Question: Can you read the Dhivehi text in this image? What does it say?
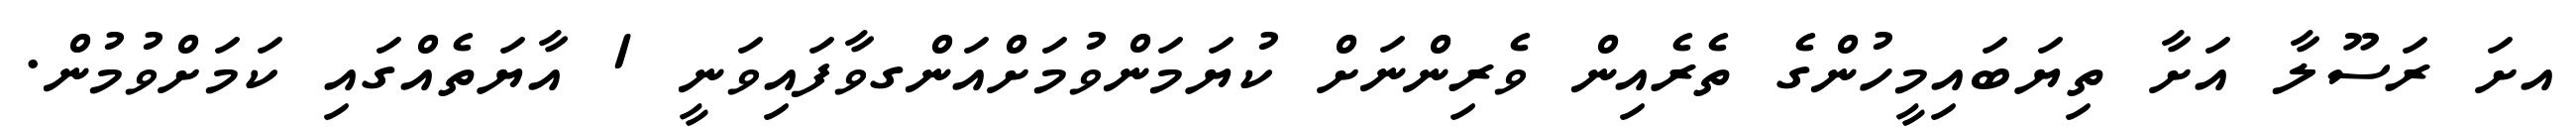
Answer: އށަ ރަސޫލާ އަށާ ތިޔަބައިމީހުންގެ ތެރެއިން ވެރިންނަށް ކުޔަމަންވުމަށްއަންގވާފައިވަނީ 1 އާޔަތެއްގައި ކަމަށްވުމުން.